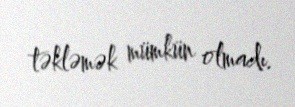
təkləmək mümkün olmadı.